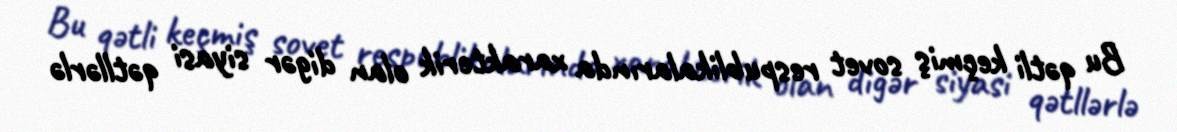
Bu qətli keçmiş sovet respublikalarında xarakterik olan digər siyasi qətllərlə